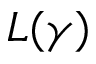
L ( \gamma )